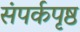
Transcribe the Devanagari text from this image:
संपर्कपृष्ठ